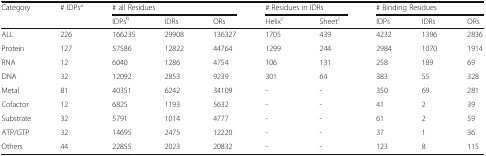
<table><thead><tr><td rowspan="2"><b>Category</b></td><td rowspan="2"><b># IDPs<sup>a</sup></b></td><td colspan="3"><b># all Residues</b></td><td colspan="2"><b># Residues in IDRs</b></td><td colspan="3"><b># Binding Residues</b></td></tr><tr><td><b>IDPs<sup>b</sup></b></td><td><b>IDRs</b></td><td><b>ORs</b></td><td><b>Helix<sup>c</sup></b></td><td><b>Sheet<sup>c</sup></b></td><td><b>IDPs</b></td><td><b>IDRs</b></td><td><b>ORs</b></td></tr></thead><tbody><tr><td>ALL</td><td>226</td><td>166235</td><td>29908</td><td>136327</td><td>1705</td><td>439</td><td>4232</td><td>1396</td><td>2836</td></tr><tr><td>Protein</td><td>127</td><td>57586</td><td>12822</td><td>44764</td><td>1299</td><td>244</td><td>2984</td><td>1070</td><td>1914</td></tr><tr><td>RNA</td><td>12</td><td>6040</td><td>1286</td><td>4754</td><td>106</td><td>131</td><td>258</td><td>189</td><td>69</td></tr><tr><td>DNA</td><td>32</td><td>12092</td><td>2853</td><td>9239</td><td>301</td><td>64</td><td>383</td><td>55</td><td>328</td></tr><tr><td>Metal</td><td>81</td><td>40351</td><td>6242</td><td>34109</td><td>-</td><td>-</td><td>350</td><td>69</td><td>281</td></tr><tr><td>Cofactor</td><td>12</td><td>6825</td><td>1193</td><td>5632</td><td>-</td><td>-</td><td>41</td><td>2</td><td>39</td></tr><tr><td>Substrate</td><td>32</td><td>5791</td><td>1014</td><td>4777</td><td>-</td><td>-</td><td>61</td><td>2</td><td>59</td></tr><tr><td>ATP/GTP</td><td>32</td><td>14695</td><td>2475</td><td>12220</td><td>-</td><td>-</td><td>37</td><td>1</td><td>36</td></tr><tr><td>Others</td><td>44</td><td>22855</td><td>2023</td><td>20832</td><td>-</td><td>-</td><td>123</td><td>8</td><td>115</td></tr></tbody></table>